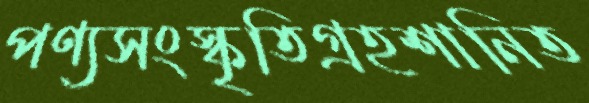
পণ্যসংস্কৃতিগ্রহশানিত